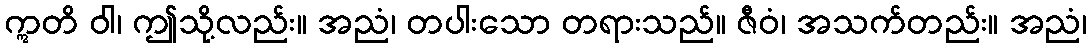
ဣတိ ဝါ၊ ဤသို့လည်း။ အညံ၊ တပါးသော တရားသည်။ ဇီဝံ၊ အသက်တည်း။ အညံ၊